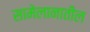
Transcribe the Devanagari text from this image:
सामेलानातील